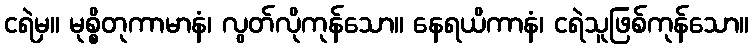
ငရဲမှ။ မုစ္စိတုကာမာနံ၊ လွတ်လိုကုန်သော။ နေရယိကာနံ၊ ငရဲသူဖြစ်ကုန်သော။